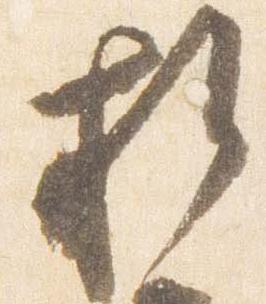
折